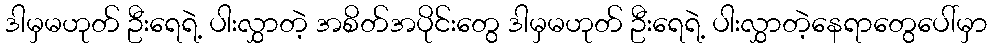
ဒါမှမဟုတ် ဦးရေရဲ့ ပါးလွှာတဲ့ အစိတ်အပိုင်းတွေ ဒါမှမဟုတ် ဦးရေရဲ့ ပါးလွှာတဲ့နေရာတွေပေါ်မှာ